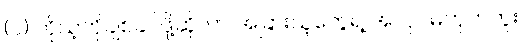
(၁) ကိုယ့်ကိုချစ်ခင်ဖို့ဆိုတာ အခြားသူတွေရဲ့ အလုပ်မဟုတ်ဘူး။